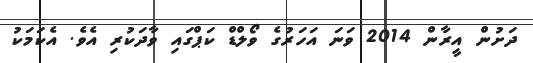
ދަށުން އީރާން 2014 ވަނަ އަހަރުގެ ވޯލްޑް ކަޕްގައި ވާދަކުރި އެވެ. އެކަމަކު